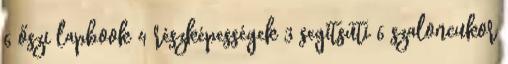
6 őszi lapbook 4 részképességek 3 segítsüti 6 szaloncukor